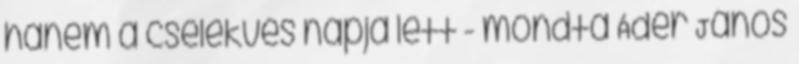
hanem a cselekvés napja lett - mondta Áder János